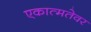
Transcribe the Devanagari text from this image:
एकात्मतेवर